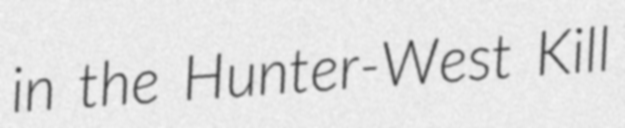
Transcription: in the Hunter-West Kill